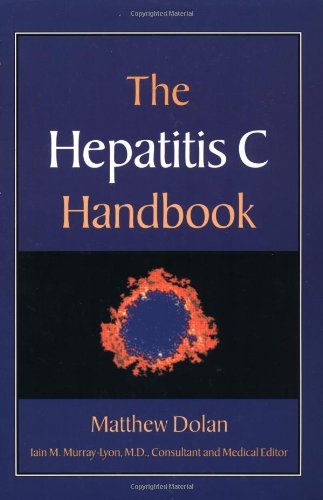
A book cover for The Hepatitis C Handbook; Matthew Dolan; Health, Fitness & Dieting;